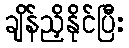
ချိန်ညှိနိုင်ပြီး